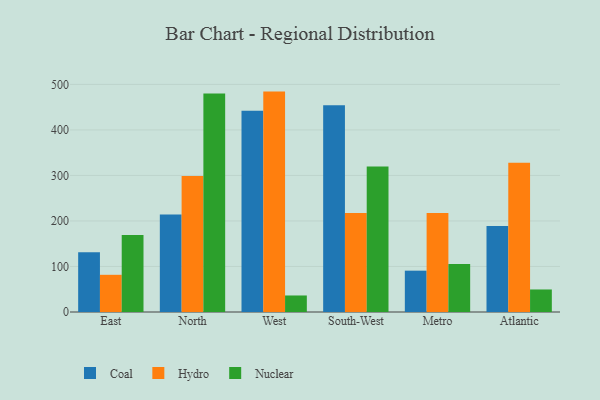
{"axis": {"x": "Region", "y": "Population (Million)"}, "legend": ["Coal", "Hydro", "Nuclear"], "data": [{"x": "East", "y": 131.4, "type": "Coal"}, {"x": "East", "y": 81.7, "type": "Hydro"}, {"x": "East", "y": 168.9, "type": "Nuclear"}, {"x": "North", "y": 214.1, "type": "Coal"}, {"x": "North", "y": 298.7, "type": "Hydro"}, {"x": "North", "y": 480.3, "type": "Nuclear"}, {"x": "West", "y": 442.1, "type": "Coal"}, {"x": "West", "y": 484.2, "type": "Hydro"}, {"x": "West", "y": 36.3, "type": "Nuclear"}, {"x": "South-West", "y": 454.0, "type": "Coal"}, {"x": "South-West", "y": 217.5, "type": "Hydro"}, {"x": "South-West", "y": 319.9, "type": "Nuclear"}, {"x": "Metro", "y": 90.8, "type": "Coal"}, {"x": "Metro", "y": 217.6, "type": "Hydro"}, {"x": "Metro", "y": 105.2, "type": "Nuclear"}, {"x": "Atlantic", "y": 189.1, "type": "Coal"}, {"x": "Atlantic", "y": 327.7, "type": "Hydro"}, {"x": "Atlantic", "y": 49.5, "type": "Nuclear"}]}